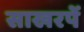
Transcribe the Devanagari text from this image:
साखरपें